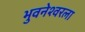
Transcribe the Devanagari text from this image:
भुवनेश्वरला